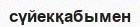
сүйекқабымен